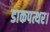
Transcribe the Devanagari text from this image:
डाकपत्थर।